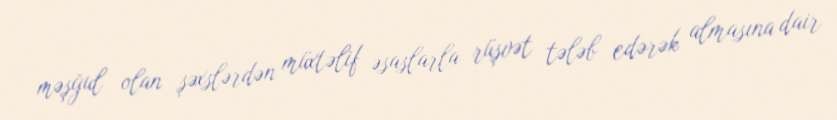
məşğul olan şəxslərdən müxtəlif əsaslarla rüşvət tələb edərək almasına dair